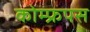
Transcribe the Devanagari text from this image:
कोम्‍फ्रपस